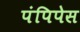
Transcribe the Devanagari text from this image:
पंपिपेस